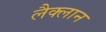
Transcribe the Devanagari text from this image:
लैक्लान